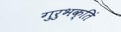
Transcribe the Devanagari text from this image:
गुरुभक्तिं